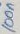
Text: 100n